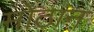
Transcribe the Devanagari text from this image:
मोठान